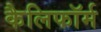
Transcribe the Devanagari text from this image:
कैलिफॉर्म